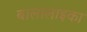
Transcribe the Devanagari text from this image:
बालालाइका